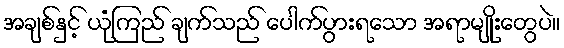
အချစ်နှင့် ယုံကြည် ချက်သည် ပေါက်ပွားရသော အရာမျိုးတွေပဲ။